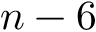
n - 6